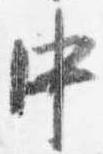
中